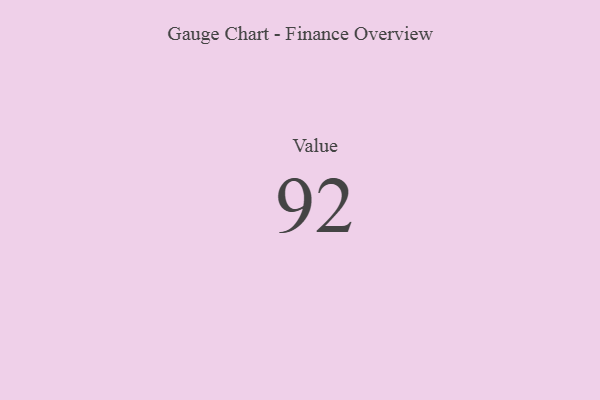
{"axis": {"x": "Metric", "y": "Value"}, "legend": [""], "data": [{"x": "Value", "y": 92, "type": ""}]}